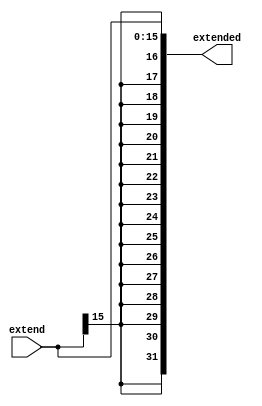
module signExtend(input [15:0] extend, output reg [31:0] extended);

always @(extend) begin
	extended[31:0] = {{16{extend[15]}},extend[15:0]};		
end
endmodule